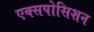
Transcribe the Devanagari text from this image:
एक्सपोसिशन